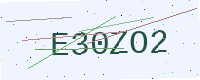
Text: E30ZO2